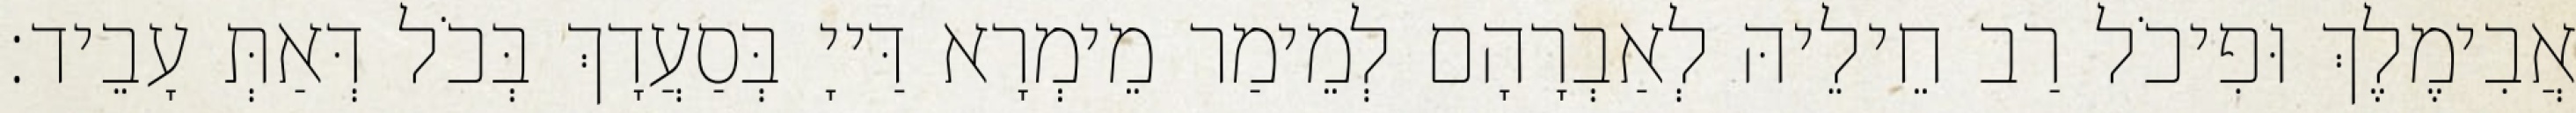
אֲבִימֶלֶךְ וּפִיכֹל רַב חֵילֵיהּ לְאַבְרָהָם לְמֵימַר מֵימְרָא דַּייָ בְּסַעֲדָךְ בְּכֹל דְּאַתְּ עָבֵיד׃